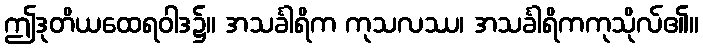
ဤဒုတိယထေရဝါဒ၌။ အသင်္ခါရိက ကုသလဿ၊ အသင်္ခါရိကကုသိုလ်၏။